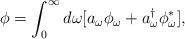
LaTeX: \begin{align*}\phi=\int^{\infty}_0 d\omega[a_{\omega}\phi_{\omega}+a_{\omega}^{\dagger}\phi_{\omega}^{\ast}],\end{align*}